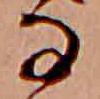
な